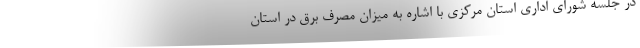
در جلسه شورای اداری استان مرکزی با اشاره به میزان مصرف برق در استان